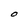
Character: O